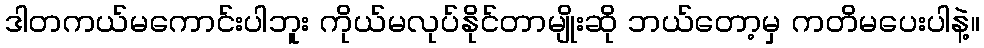
ဒါတကယ်မကောင်းပါဘူး ကိုယ်မလုပ်နိုင်တာမျိုးဆို ဘယ်တော့မှ ကတိမပေးပါနဲ့။